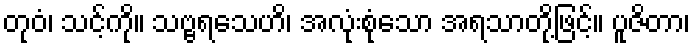
တုဝံ၊ သင့်ကို။ သဗ္ဗရသေဟိ၊ အလုံးစုံသော အရသာတို့ဖြင့်။ ပူဇိတာ၊